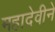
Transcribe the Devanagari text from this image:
महादेवीने